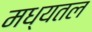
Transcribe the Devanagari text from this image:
मध्यतल